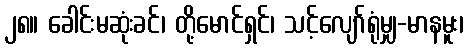
၂၈။ ခေါင်းမဆုံးခင်၊ တို့မောင်ရှင်၊ သင့်လျော်ရုံမျှ-မာနမူး၊